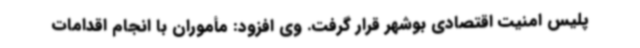
پلیس امنیت اقتصادی بوشهر قرار گرفت. وی افزود: مأموران با انجام اقدامات